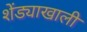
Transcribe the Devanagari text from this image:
शेंड्याखाली